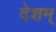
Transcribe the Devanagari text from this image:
देशम्‌